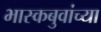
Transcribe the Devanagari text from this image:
भास्कबुवांच्या